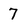
Character: 7